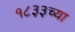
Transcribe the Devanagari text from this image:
१८३३च्या